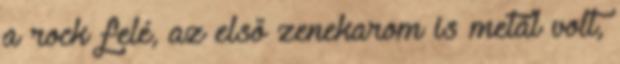
a rock felé, az első zenekarom is metál volt,